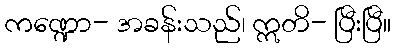
ကဏ္ဍော- အခန်းသည်၊ ဣတိ- ပြီးပြီ။